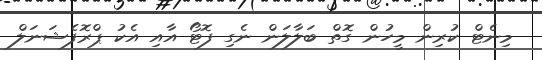
މިނެޓް ކުރިން މީހުން ގޮތް ބަލާލަން ނެގި ފޮޓޯ އާއި އެކު ޕްރޮފެޝަނަލް